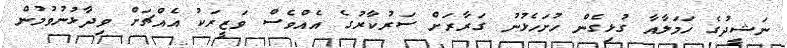
ނަޝީދުގެ ހަމަލާއާ ގުޅިގެން ހުށަހެޅުނު ގަރާރަށް ސަރުކާރުގެ އެއްވެސް ވަޒީރަކު އެއްޗަށް ވިދާޅުނުވުމުން